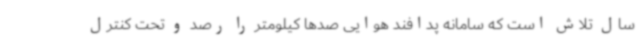
سال تلاش است که سامانه پدافند هوایی صدها کیلومتر را رصد و تحت کنترل